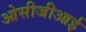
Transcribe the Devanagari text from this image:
ओसीजीआई